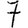
Digit: 7